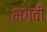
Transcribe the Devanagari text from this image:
भगवीं